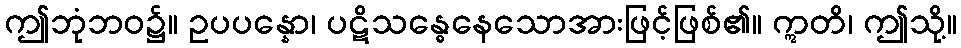
ဤဘုံဘဝ၌။ ဥပပန္နော၊ ပဋိသန္ဓေနေသောအားဖြင့်ဖြစ်၏။ ဣတိ၊ ဤသို့။